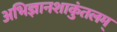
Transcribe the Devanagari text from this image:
अभिज्ञानशाकुंतलम्‌